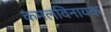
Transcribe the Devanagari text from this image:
कमलविनायक